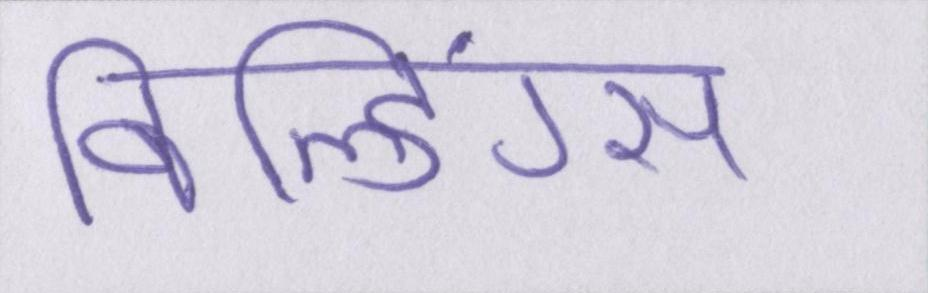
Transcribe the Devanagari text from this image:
बिल्डिंग्स